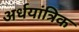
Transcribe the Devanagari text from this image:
अर्धयांत्रिक